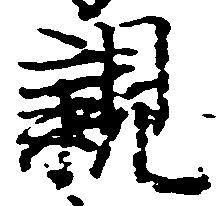
親